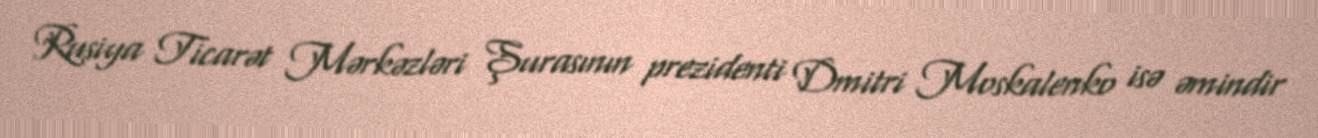
Rusiya Ticarət Mərkəzləri Şurasının prezidenti Dmitri Moskalenko isə əmindir